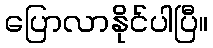
ပြောလာနိုင်ပါပြီ။